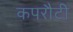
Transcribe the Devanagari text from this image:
कपरौटी